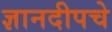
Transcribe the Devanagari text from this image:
ज्ञानदीपचे